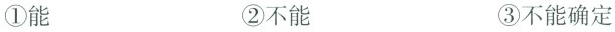
①能 ②不能 ③不能确定